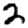
Digit: 2